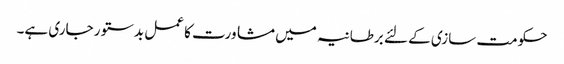
حکومت سازی کے لئے برطانیہ میں مشاورت کا عمل بدستور جاری ہے۔